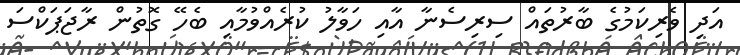
އަދި ވެރިކަމުގެ ބާރުތައް ސިރިސެނާ އާއި ހަވާލު ކުރެއްވުމާއި ބެހޭ ގޮތުން ރާޖަޕަކްސަ